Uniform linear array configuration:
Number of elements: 24
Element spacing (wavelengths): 0.5
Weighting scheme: kaiser
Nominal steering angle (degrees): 60
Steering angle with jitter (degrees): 60.449
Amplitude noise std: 0.05
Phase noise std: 0.05

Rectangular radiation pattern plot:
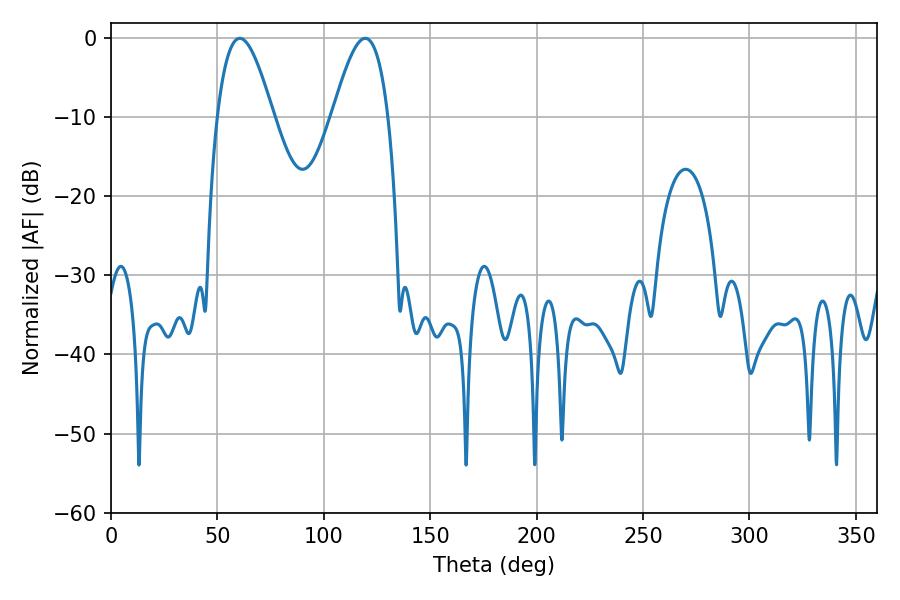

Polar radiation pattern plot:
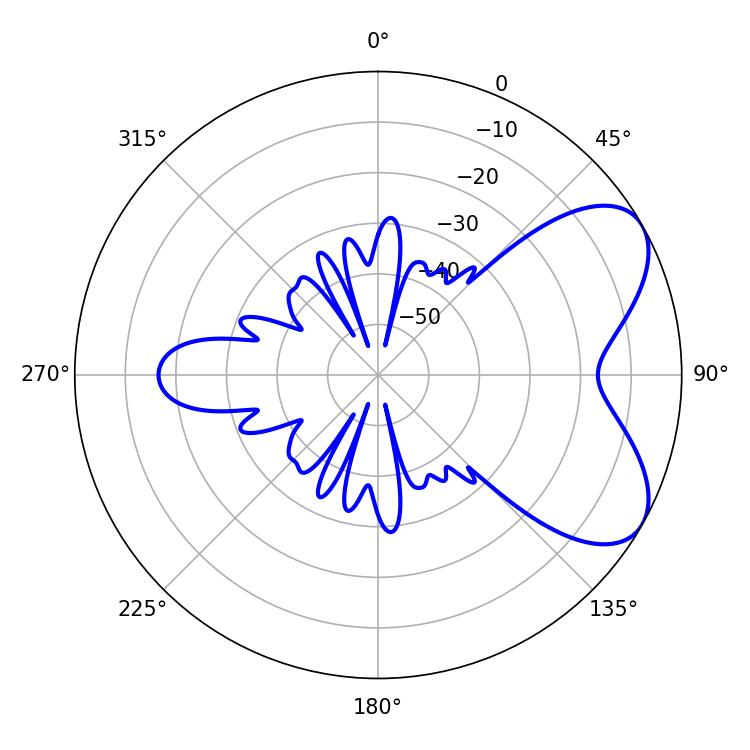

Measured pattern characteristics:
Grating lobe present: FALSE
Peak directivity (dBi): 6.223
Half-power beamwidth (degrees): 14.22
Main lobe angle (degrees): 60.48